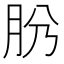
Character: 𦙕